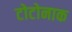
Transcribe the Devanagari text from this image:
टोटोनाक